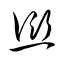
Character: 愆